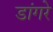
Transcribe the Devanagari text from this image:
डांगरे